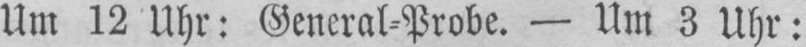
Um 12 Uhr: General⸗Probe. - Um 3 Uhr: